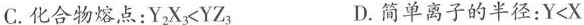
C.化合物熔点：$$Y_{2}X_{3}<YZ_{3}$$ D.简单离子的半径：$$Y<X$$